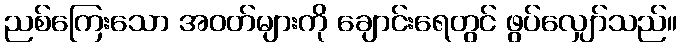
ညစ်ကြေးသော အဝတ်များကို ချောင်းရေတွင် ဖွပ်လျှော်သည်။